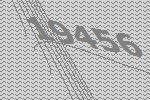
19456